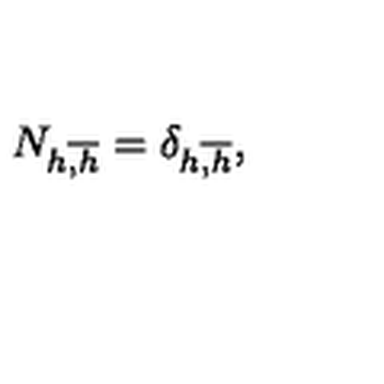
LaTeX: N _ { h \overline { { , h } } } = \delta _ { h \overline { { , h } } } ,